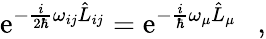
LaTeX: \mathrm{e}^{-\frac{{i}}{{2\hbar}}\omega_{ij}\hat{{L}}_{ij}}=\mathrm{e}^{-\frac{{i}}{{\hbar}}\omega_{\mu}\hat{{L}}_{\mu}}\ \ \ ,